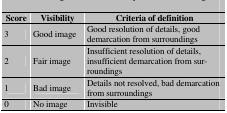
<table><thead><tr><td><b>Score</b></td><td><b>Visibility</b></td><td><b>Criteria of definition</b></td></tr></thead><tbody><tr><td> 3 </td><td> Good image </td><td> Good resolution of details, good demarcation from surroundings </td></tr><tr><td> 2 </td><td> Fair image </td><td> Insufficient resolution of details, insufficient demarcation from surroundings </td></tr><tr><td> 1 </td><td> Bad image </td><td> Details not resolved, bad demarcation from surroundings </td></tr><tr><td> 0 </td><td> No image </td><td> Invisible </td></tr></tbody></table>